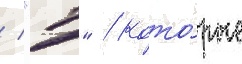
/ "т" / кото́рые